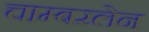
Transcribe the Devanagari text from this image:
चाम्बरलेन